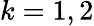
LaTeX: k=1,2